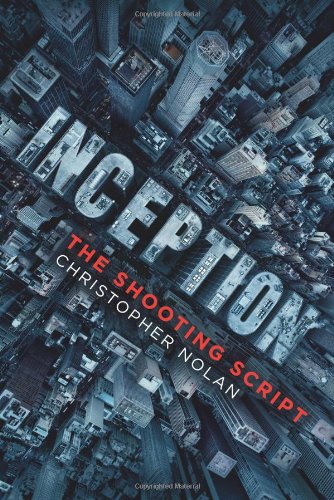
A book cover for Inception: The Shooting Script; Christopher Nolan; Humor & Entertainment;